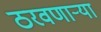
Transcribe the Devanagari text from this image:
ठरवणाऱ्या